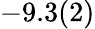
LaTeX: -9.3(2)